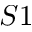
S 1